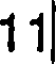
11